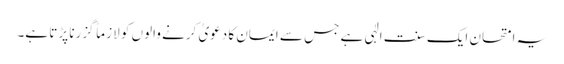
یہ امتحان ایک سنت الٰہی ہے جس سے ایمان کا دعویٰ کرنے والوں کو لازماً گزرنا پڑتا ہے۔